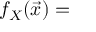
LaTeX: f _ { X } ( { \vec { x } } ) =